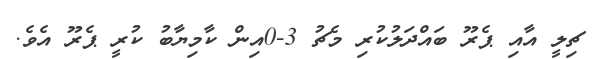
ޗިލީ އާއި ޕެރޫ ބައްދަލުކުރި މެޗު 3-0އިން ކާމިޔާބު ކުރީ ޕެރޫ އެވެ.